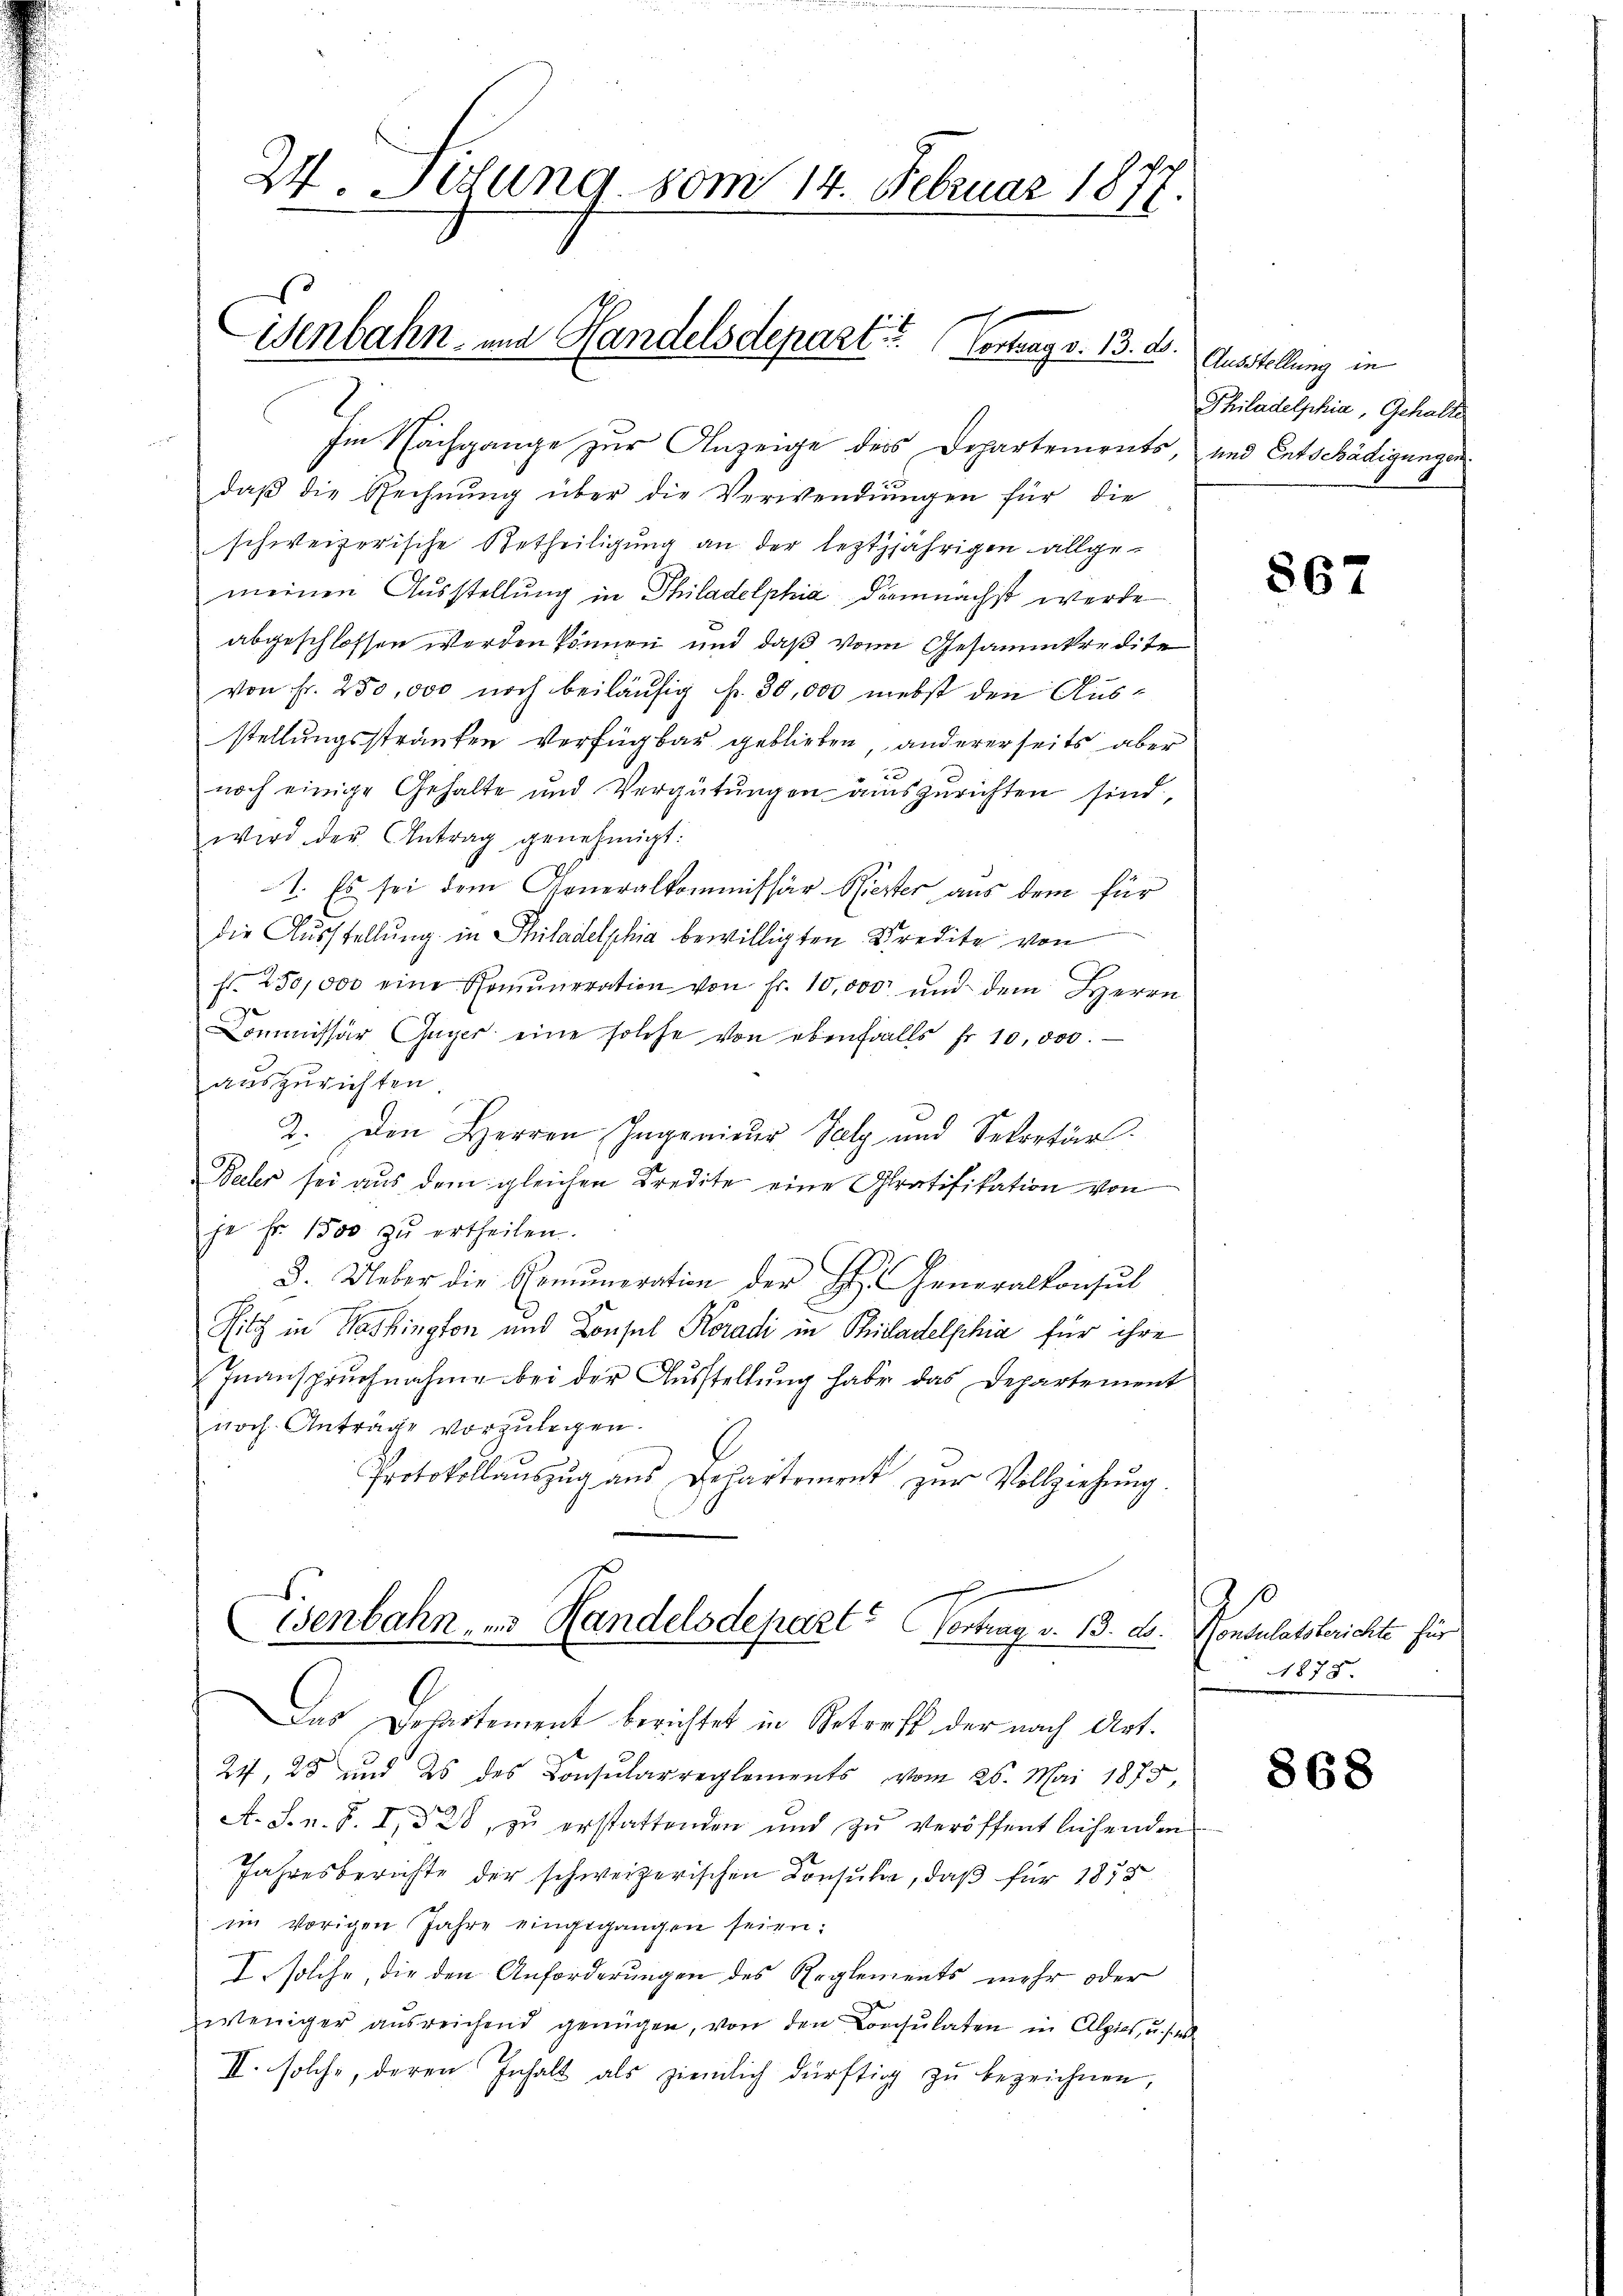
24. Jetung vom 14. Februar 1877.

isenbahn- und Handelsdepart. Vortrag v. 13. d.

Im Nachgange zur Anzeige des Departements, und Entschädigungen
daß die Rechnung über die Verwendungen für die
schweizerische Betheiligung an der leztjährigen allge-
meinen Ausstellung in Philadelphia demnächst werde
abgeschlossen werden können und daß von Gesammkredite
1
von Fr. 250,000 noch beiläufig fr. 30,000 nebst den Ausstellungsstranken Verfügbar geblieben, andererseits aber
22
noch einige Gehalte und Vergütungen auszurichten sind,
wird der Antrag genehmigt:
1. Es sei dem Generalkommissär Riester aus dem für
die Ausstellung in Philadelphia bewilligten Kredite von
Fr. 250,000 eine Komuneration von Fr. 10,000 und dem Herrn
Commissär (Gager eine solche von ebenfalls fr. 10,000.
auszurichten
2. Den Herren Ingenieur Salz und Sekretär.
Baler sei aus dem gleichen Kredite eine Gratifikation von
je Fr. 1500 zŭ ertheilen.
3. Ueber die Remuneration der H. Generalkonsul
Sitz in Washington und Consul Koradi in Philadelphia für ihre
Inanspruchnahme bei der Ausstellung habe das Departement
noch Antrage vorzulegen.
G
Protokollauszug aus Departement zŭr Vollziehung.
.
Cisenbahn, und Handelsdepart? Vortrag v. 13. d. Konsulatsberichte für

Das Desirtement berichtet in Betreff der nach Art.
24, 25 und es des Consularreglements vom 26. Mai 1873,
A. S. n. F. I, § 20, zu erstattenden und zu veröffentlichenden
Jahresberichte der schweizerischen Consula, daß für 1858
im vorigen Jahre eingegangen seien:
I. solche, die den Anforderungen des Reglements mehr oder
weniger ausreichend genügen, von den Consulaten in Alpiat, u. s.
II. solche, deren Inhalt als ziemlich dürftig zu bezeichnen,

Ausstellung in
Philadelphia, Gehalte

867

1878.

868